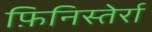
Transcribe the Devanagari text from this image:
फ़िनिस्तेर्रा